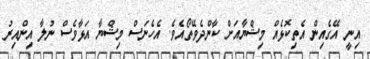
އިނީ އޭގެއިން އެތިކޮޅެއް މިޝްޔާއަށް ކާންދެވޭތޯއެވެ. އެހެނަސް މިޝްޔާ އަޅާވެސް ނުލާ އިންއިރު